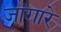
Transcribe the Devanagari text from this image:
जांगारे